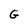
Character: G